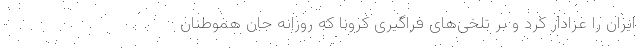
ایران را عزادار کرد و بر تلخی‌های فراگیری کرونا که روزانه جان هموطنان